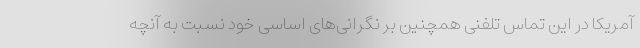
آمریکا در این تماس تلفنی همچنین بر نگرانی‌های اساسی خود نسبت به آنچه